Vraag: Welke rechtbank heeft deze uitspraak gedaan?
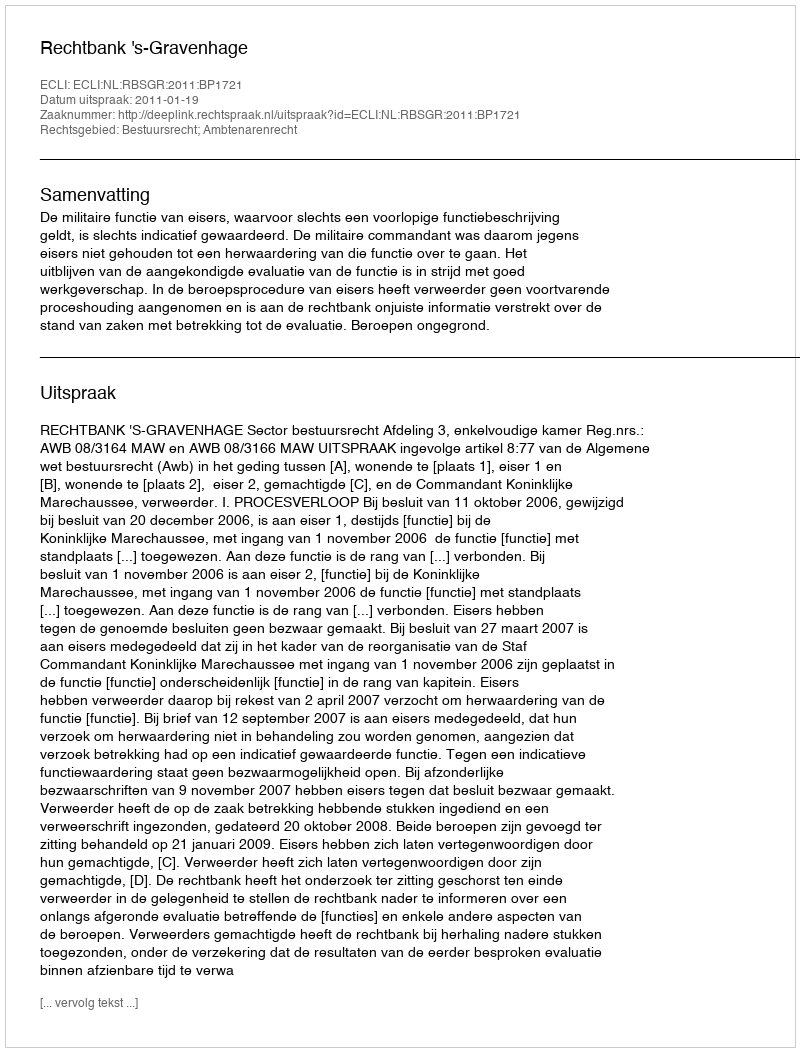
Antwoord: Rechtbank 's-Gravenhage